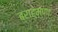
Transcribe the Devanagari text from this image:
ब्राह्मणाः